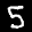
Label: 5